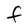
Character: F